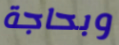
وبحاجة